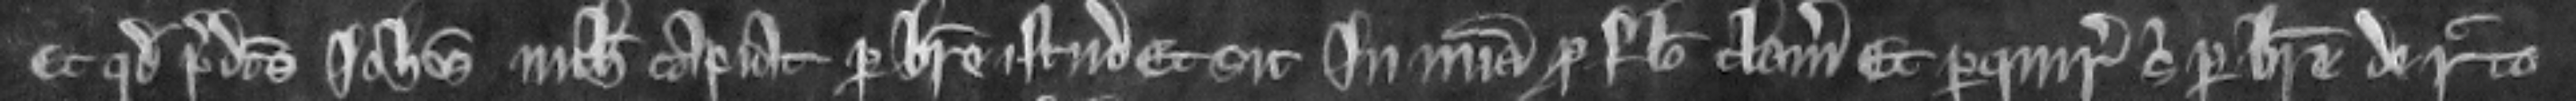
Et quod predictus Johannes nichil capiat per breve istud et sit in misericordia pro falso clamore Et perquirat sibi per breve de recto